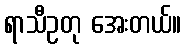
ရာသီဥတု အေးတယ်။